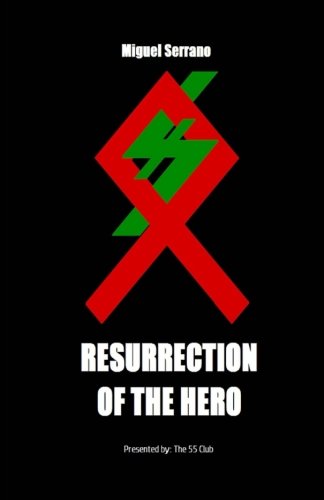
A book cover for The Resurrection of the Hero: Miguel Serrano; The 55 Club; Politics & Social Sciences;